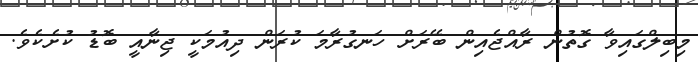
މިބިލްގައިވާ ގޮތުން ރާއްޖެއިން ބޭރަށް ހަނގުރާމަ ކުރަން ދިއުމަކީ ޖިނާއީ ބޮޑު ކުށެކެވެ.